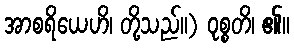
အာစရိယေဟိ၊ တို့သည်။) ဝုစ္စတိ၊ ၏။